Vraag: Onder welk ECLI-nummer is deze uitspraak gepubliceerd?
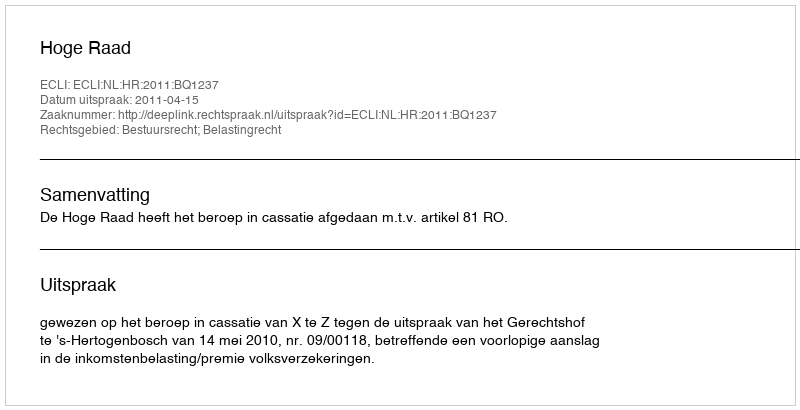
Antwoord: ECLI:NL:HR:2011:BQ1237